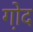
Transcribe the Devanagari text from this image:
गो़द